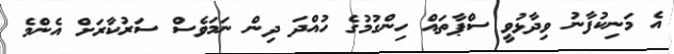
އެ މަނިކުފާނު ވިދާޅުވީ ސްޕާތައް ހިންގުމުގެ ހުއްދަ ދިން ނަމަވެސް ސަރުކާރަށް އެންމެ